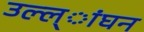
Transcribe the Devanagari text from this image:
उल्ल्ांघन